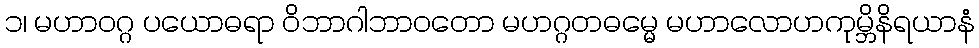
၁၊ မဟာဝဂ္ဂ ပယောဓရာ ဝိဘာဂါဘာဝတော မဟဂ္ဂတဓမ္မေ မဟာလောဟကုမ္ဘိနိရယာနံ